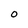
Character: O